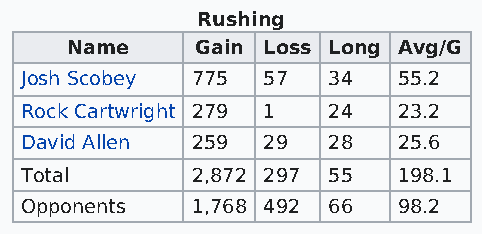
Rushing
 Name     Gain Loss Long Avg/G
 Josh Scobey 775 57   34  55.2
 Rock Cartwright 279 1 24 23.2
 David Allen 259 29   28  25.6
 Total       2,872 297 55 198.1
 Opponents   1,768 492 66 98.2